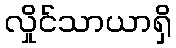
လှိုင်သာယာရှိ